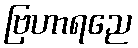
ဗြဟာရညေ